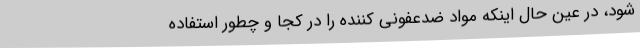
شود، در عین حال اینکه مواد ضدعفونی کننده را در کجا و چطور استفاده